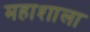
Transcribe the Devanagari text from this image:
महाशाला